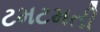
ટમટમતી